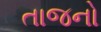
તાજનો